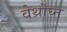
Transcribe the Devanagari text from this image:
वेर्थ्रोघ्न